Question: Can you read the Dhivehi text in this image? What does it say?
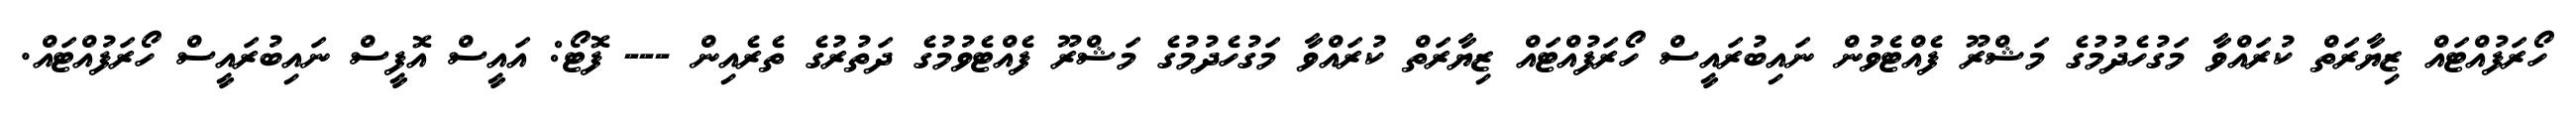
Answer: ހޯރަފުއްޓައް ޒިޔާރަތް ކުރައްވާ މަގުހެދުމުގެ މަޝްރޫ ފެއްޓެވުން ނައިބުރައީސް ހޯރަފުއްޓައް ޒިޔާރަތް ކުރައްވާ މަގުހެދުމުގެ މަޝްރޫ ފެއްޓެވުމުގެ ދަތުރުގެ ތެރެއިން --- ފޮޓޯ: އައީސް އޮފީސް ނައިބުރައީސް ހޯރަފުއްޓައް.